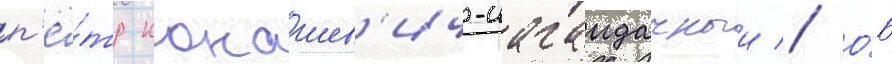
п'ё́тр конашев'ич-сагаидачныи // О́б